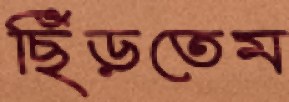
ছিঁড়তেম